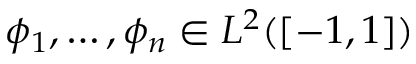
\phi _ { 1 } , \ldots , \phi _ { n } \in L ^ { 2 } ( [ - 1 , 1 ] )